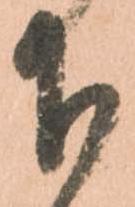
下